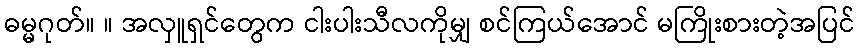
ဓမ္မဂုတ်။ ။ အလှူရှင်တွေက ငါးပါးသီလကိုမျှ စင်ကြယ်အောင် မကြိုးစားတဲ့အပြင်